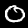
Digit: 0